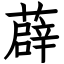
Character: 薜